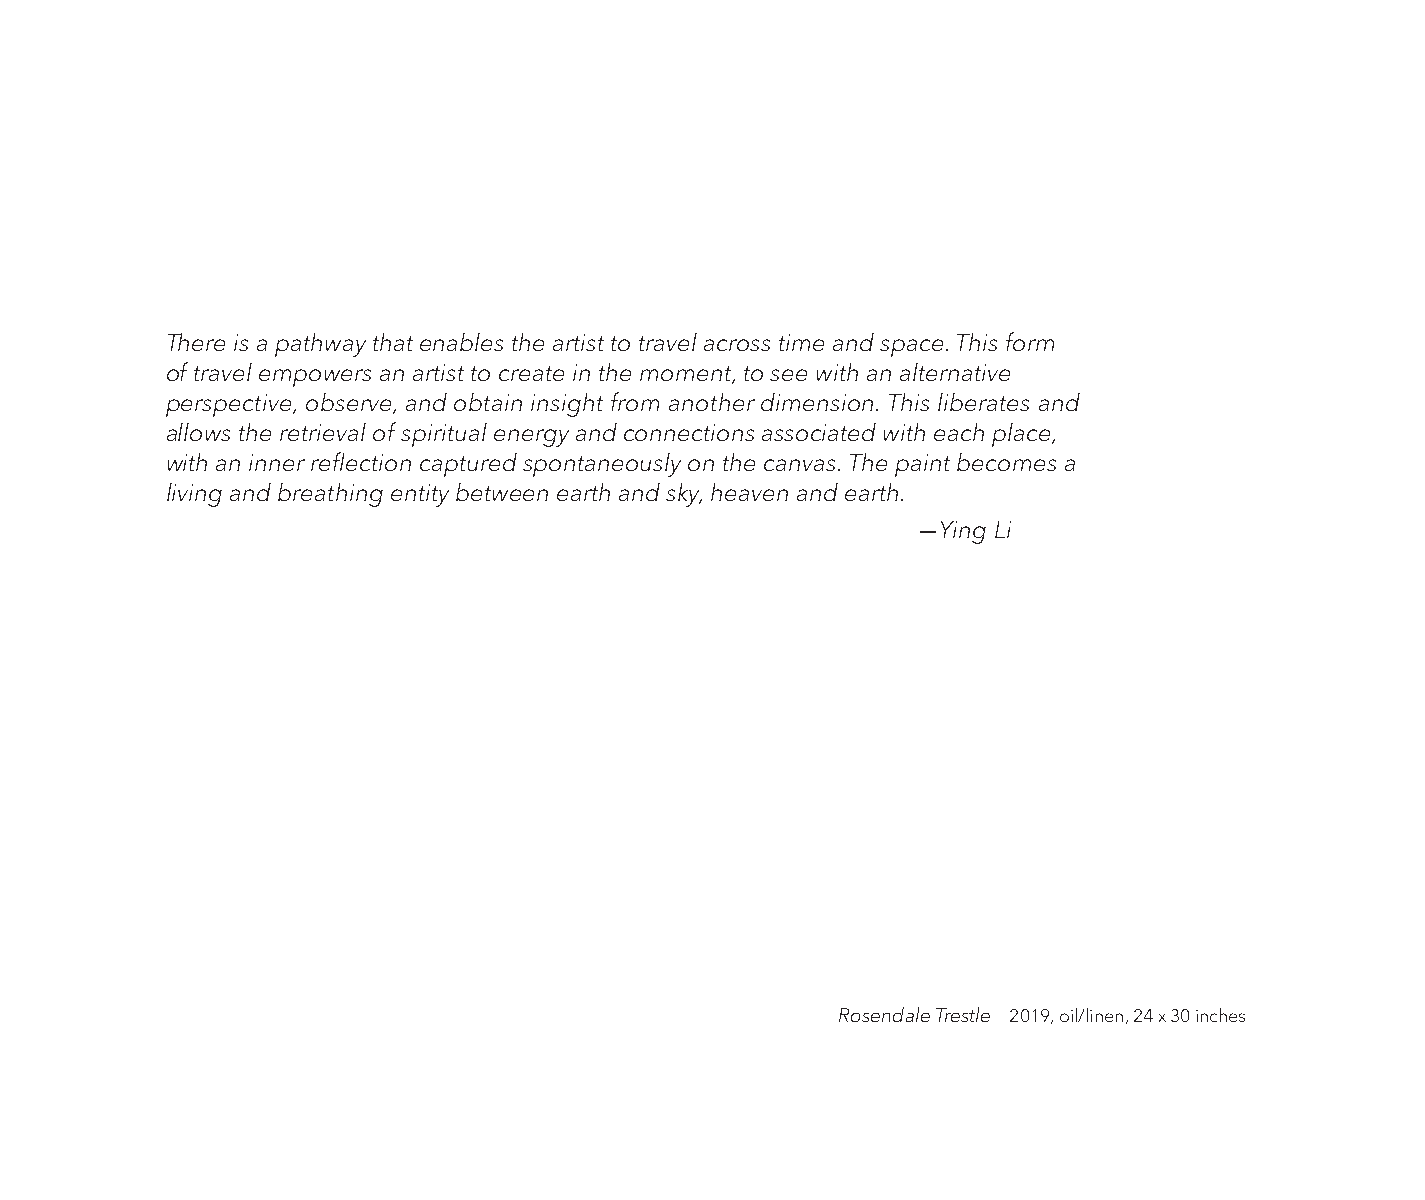
There is a pathway that enables the artist to travel across time and space. This form
 of travel empowers an artist to create in the moment, to see with an alternative
 perspective, observe, and obtain insight from another dimension. This liberates and
 allows the retrieval of spiritual energy and connections associated with each place,
 with an inner reflection captured spontaneously on the canvas. The paint becomes a
 living and breathing entity between earth and sky, heaven and earth.
 —Ying Li
 Rosendale Trestle 2019, oil/linen, 24 x 30 inches